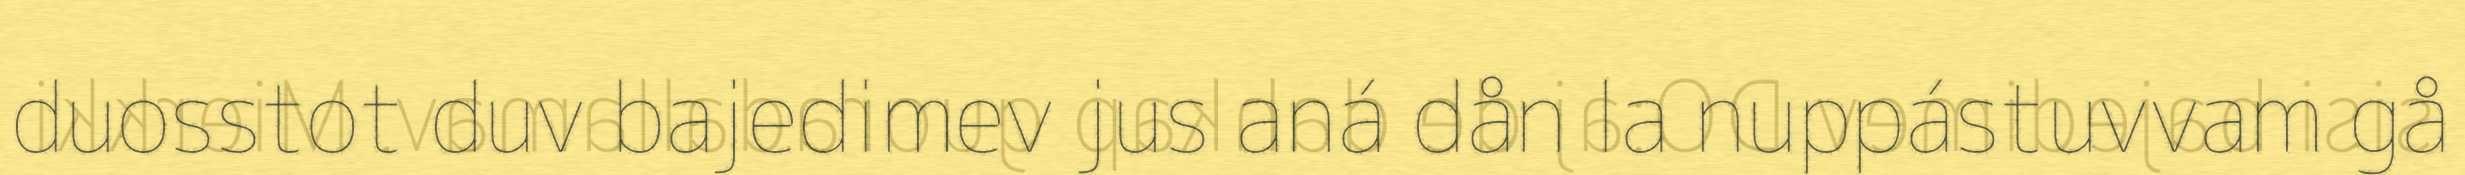
duosstot duv bajedimev jus aná dån la nuppástuvvam gå